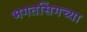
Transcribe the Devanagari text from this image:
भगतसिंगच्या